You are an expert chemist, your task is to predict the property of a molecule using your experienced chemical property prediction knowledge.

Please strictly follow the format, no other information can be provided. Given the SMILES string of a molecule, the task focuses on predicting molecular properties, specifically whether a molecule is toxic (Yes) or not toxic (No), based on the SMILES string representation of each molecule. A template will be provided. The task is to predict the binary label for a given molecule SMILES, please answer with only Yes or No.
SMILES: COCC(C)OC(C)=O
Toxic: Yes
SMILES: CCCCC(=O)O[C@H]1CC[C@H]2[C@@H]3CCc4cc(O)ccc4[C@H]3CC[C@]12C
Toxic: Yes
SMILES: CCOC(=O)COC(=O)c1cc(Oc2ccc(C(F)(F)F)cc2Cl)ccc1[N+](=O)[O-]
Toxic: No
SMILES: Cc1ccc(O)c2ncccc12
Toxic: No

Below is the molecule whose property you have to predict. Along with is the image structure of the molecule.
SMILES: ClC(Cl)(Cl)Br
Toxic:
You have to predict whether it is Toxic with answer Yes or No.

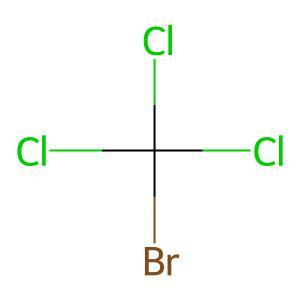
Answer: No